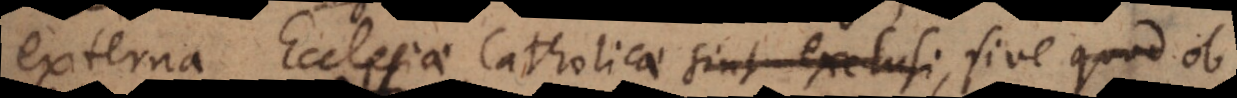
externa Ecclesiae Catholicae sint exclusi, sive quod Sch